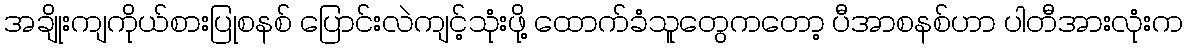
အချိုးကျကိုယ်စားပြုစနစ် ပြောင်းလဲကျင့်သုံးဖို့ ထောက်ခံသူတွေကတော့ ပီအာစနစ်ဟာ ပါတီအားလုံးက